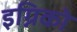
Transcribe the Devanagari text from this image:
इग्निको